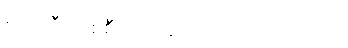
စက်ဘီးတစ်စီး အချောင်ရလိုက်လေသည်။